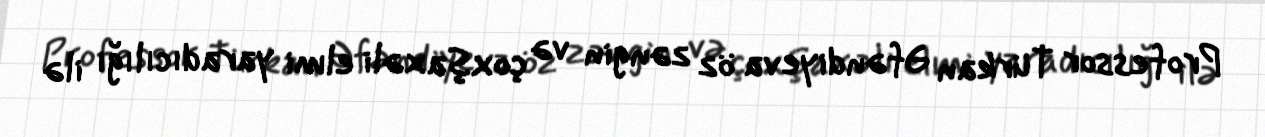
Professor Türkan Əfəndiyeva öz zəngin və çoxşaxəli elmi yaradıcılığı ilə